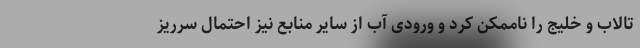
تالاب و خلیج را ناممکن کرد و ورودی آب از سایر منابع نیز احتمال سرریز